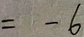
= - 6